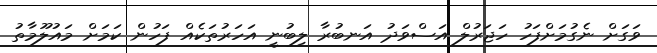
ވަގަށް ނެގުމަށްފަހު ހަޖަރުލް އަސްވަދު އަނބުރާ ލިބުނީ އަހަރުތަކެއް ފަހުން ކަމަށް މައުލޫމާތު